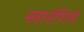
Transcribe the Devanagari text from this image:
सारंगिये